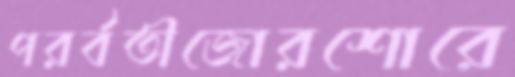
পরর্বতীজোরশোরে